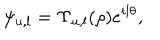
\psi _ { u , l } = \Upsilon _ { u , l } ( \rho ) e ^ { i l \theta } ,